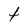
Character: 4